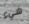
شيء